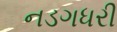
નડગધરી